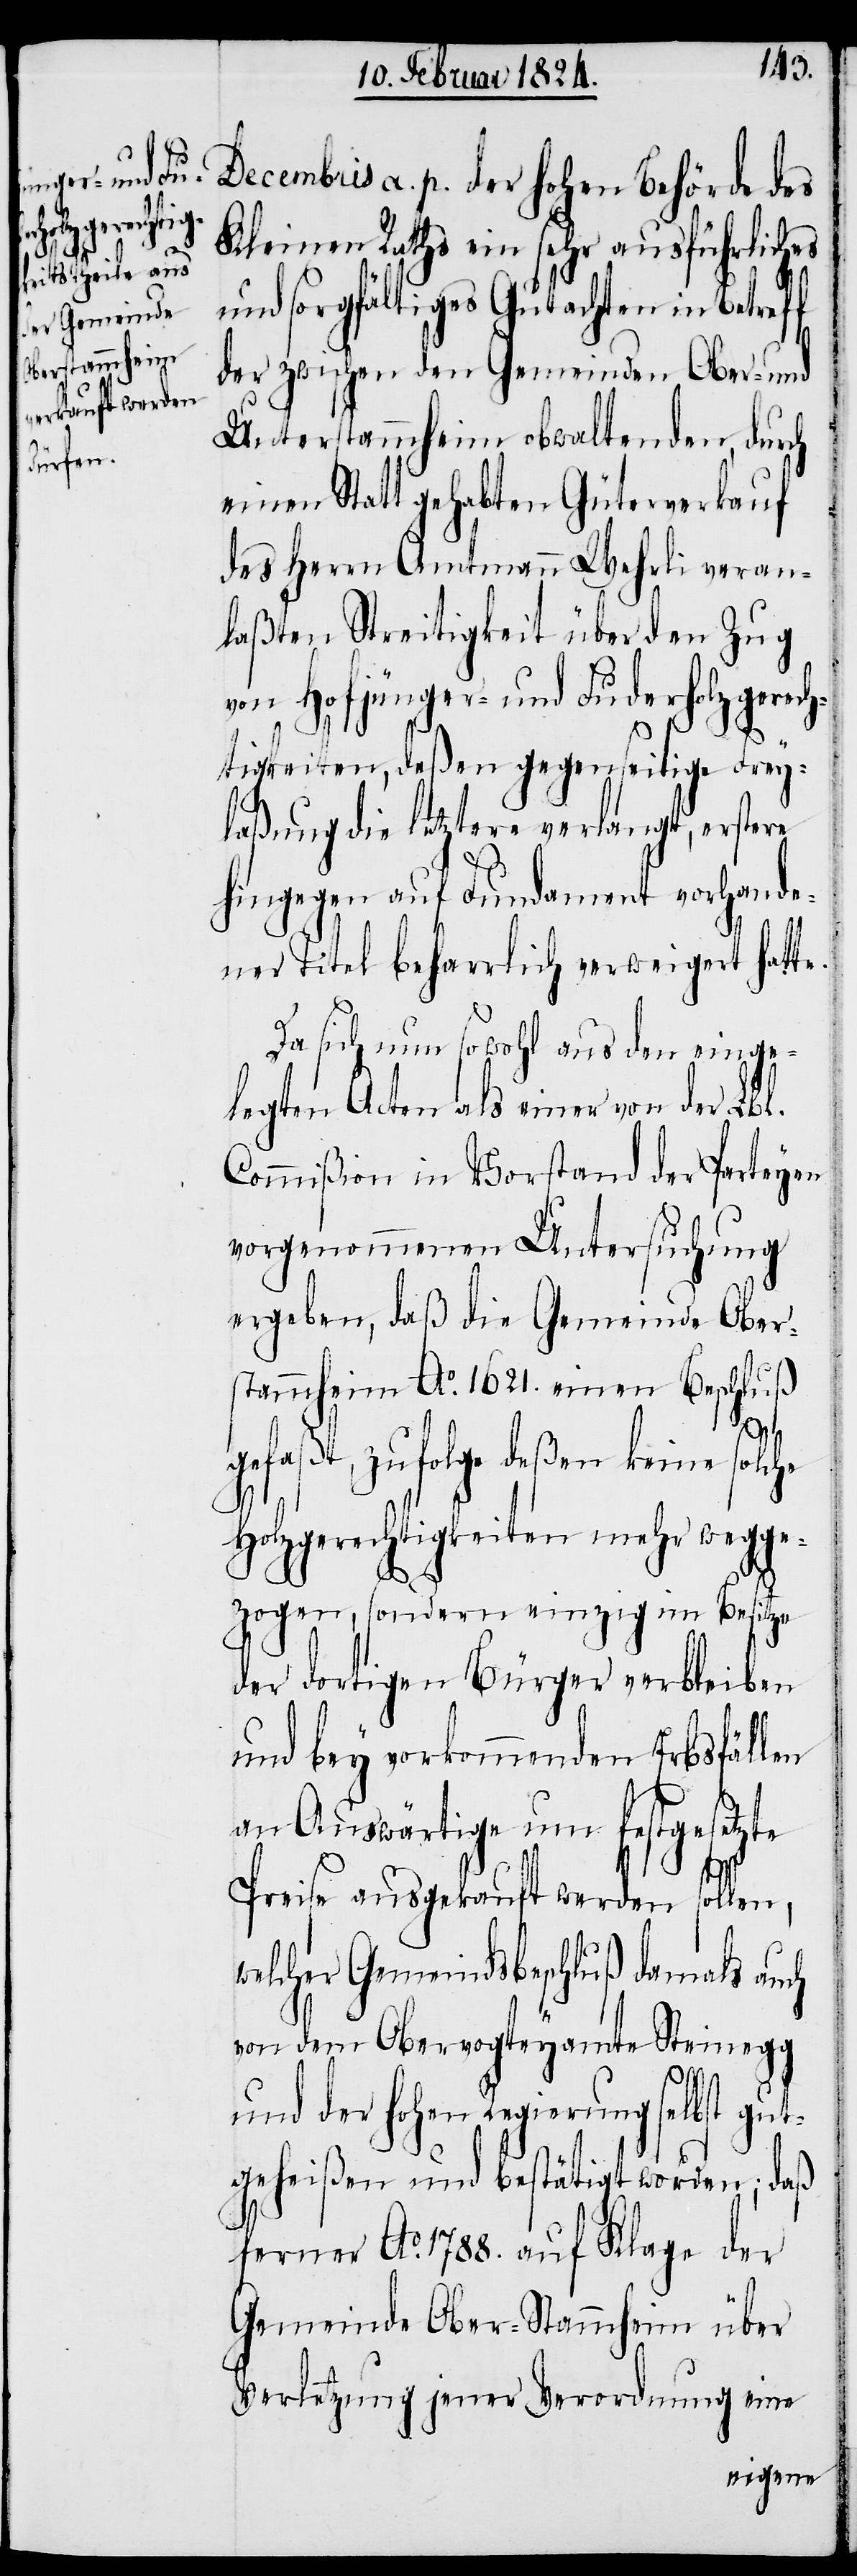
Decembris a. p. der hohen Behörde des
Kleinen Raths ein sehr ausführliches
und sorgfältiges Gutachten in Betreff
der zwischen den Gemeinden Ober- und
Unterstammheim obwaltenden, durch
einen Statt gehabten Güterverkauf
des Herrn Amtmann Wehrli veran¬
laßten Streitigkeit über den Zug
von Hofjünger- und Fuderholzgerech¬
tigkeiten, deßen gegenseitige Frey¬
laßung die letztere verlangt, erstere
hingegen auf Fundament vorhande¬
ner Titel beharrlich verweigert hatte.
Da sich nun sowohl aus den einge¬
legten Acten als einer von der Lbl.
Commißion in Vorstand der Parteyen
vorgenommenen Untersuchung
ergeben, daß die Gemeinde Ober¬
stammheim Ao. 1621. einen Beschluß
gefaßt, zufolge deßen keine solc¬
Holzgerechtigkeiten mehr wegge¬
zogen, sondern einzig im Besitze
der dortigen Bürger verbleiben
und bey vorkommenden Erbsfällen
an Auswärtige um festgesetzte
he
Preise ausgekauft werden sollen,
welcher Gemeindsbeschluß damals auch
von dem Obervogteyamte Steinegg
und der hohen Regierung selbst gut¬
geheißen und bestätigt worden; daß
ferner Ao. 1788. auf Klage der
Gemeinde Ober-Stammheim über
Verletzung jener Verordnung eine